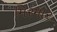
મિરમાર